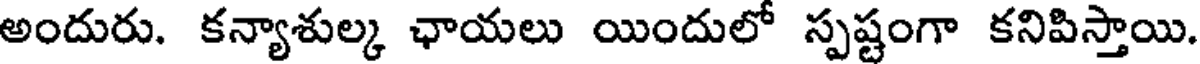
అందురు. కన్యాశుల్క ఛాయలు యిందులో స్పష్టంగా కనిపిస్తాయి.